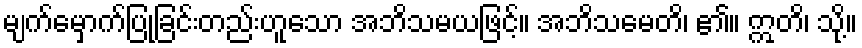
မျက်မှောက်ပြုခြင်းတည်းဟူသော အဘိသမယဖြင့်။ အဘိသမေတိ၊ ၏။ ဣတိ၊ သို့။